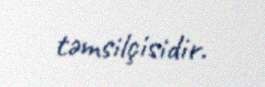
təmsilçisidir.